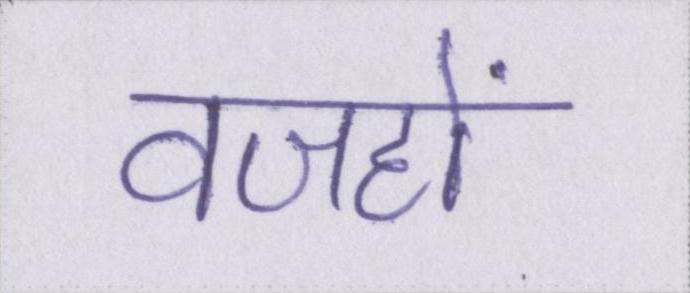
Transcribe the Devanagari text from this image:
वजहों